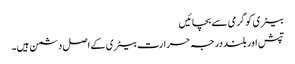
بیٹری کو گرمی سے بچائیں
تپش اور بلند درجہ حرارت بیٹری کے اصل دشمن ہیں۔